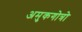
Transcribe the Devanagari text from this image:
अमुकगोत्रो